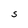
Character: S